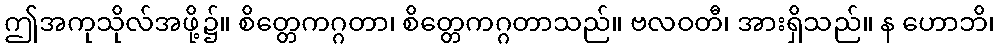
ဤအကုသိုလ်အဖို့၌။ စိတ္တေကဂ္ဂတာ၊ စိတ္တေကဂ္ဂတာသည်။ ဗလဝတီ၊ အားရှိသည်။ န ဟောဘိ၊